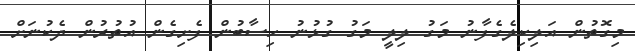
މިގޮތުން އަލިކިލެގެފާނު މަގު ލިލީ މަގު ގުޅުނު ހިސާބުން ފެށިގެން އުތުރުން ދެކުނަށް